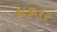
દાકતર